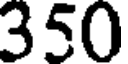
350